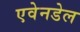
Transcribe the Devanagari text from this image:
एवेनडेल